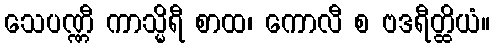
သေပဏ္ဏီ ကာသ္မိရီ စာထ၊ ကောလီ စ ဗဒရီတ္ထိယံ။